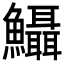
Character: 𩽪